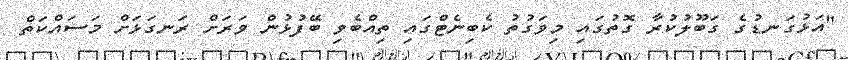
"އަޅުގަނޑުގެ ގަބޫލުކުރާ ގޮތުގައި މިވަގުތު ކެބިނެޓްގައި ތިއްބެވި ބޭފުޅުން ވަރަށް ރަނގަޅަށް މަސައްކަތް